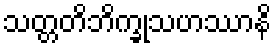
သတ္တတိဘိက္ခုသဟဿာနိ